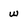
Character: w